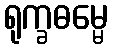
ရုက္ခဓမ္မေ